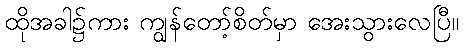
ထိုအခါ၌ကား ကျွန်တော့်စိတ်မှာ အေးသွားလေပြီ။